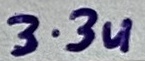
Text: 3.3u